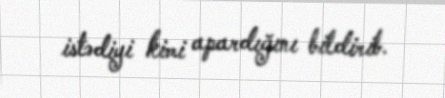
istədiyi kimi apardığını bildirib.